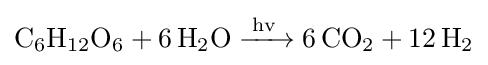
{\ce {C6H12O6 + 6H2O ->[{hv}] 6CO2 + 12H2}}